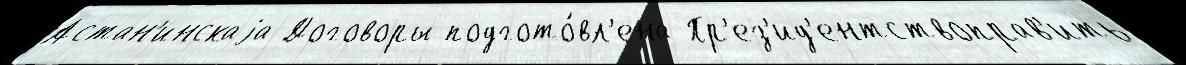
Астан'инскаjа Договоры подгото́вл'ена Пр'ез'ид'ентствоправ'ить